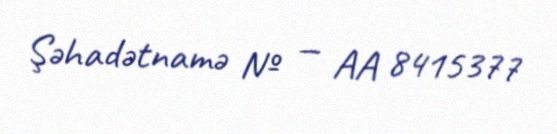
Şəhadətnamə № — AA 8415377